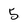
Character: 5